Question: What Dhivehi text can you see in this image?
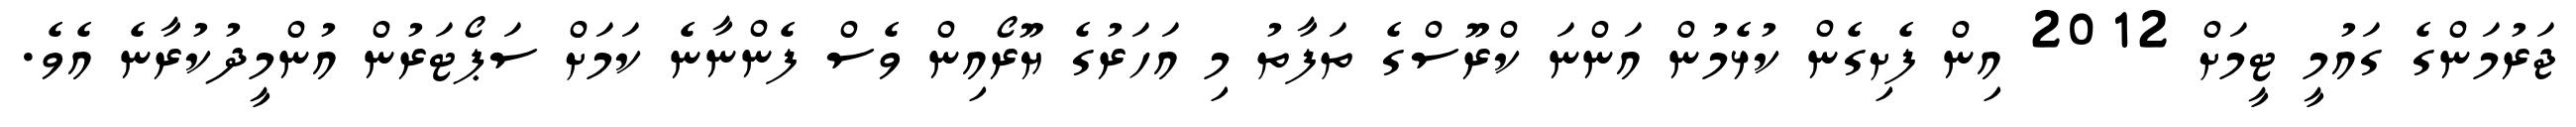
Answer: ޖަރުމަންގެ ގައުމީ ޓީމަށް 2012 އިން ފެށިގެން ކުޅެމުން އަންނަ ކްރޫސްގެ ތަފާތު މި އަހަރުގެ ޔޫރޯއިން ވެސް ފެންނާނެ ކަމަށް ސަޕޯޓަރުން އުންމީދުކުރާނެ އެވެ.